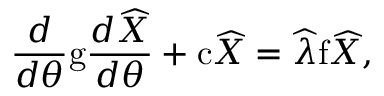
\frac { d } { d \theta } \mathrm { g } \frac { d \widehat { X } } { d \theta } + \mathrm { c } \widehat { X } = \widehat { \lambda } \mathrm { f } \widehat { X } ,